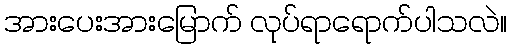
အားပေးအားမြောက် လုပ်ရာရောက်ပါသလဲ။